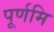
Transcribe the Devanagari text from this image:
पूर्णमि